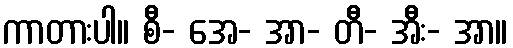
ကာတားပါ။ စီ- အေ- အာ- တီ- အီး- အာ။